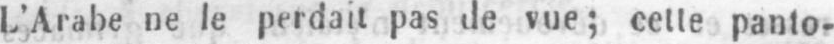
L’Arabe ne le perdait pas de vue; cette panto-